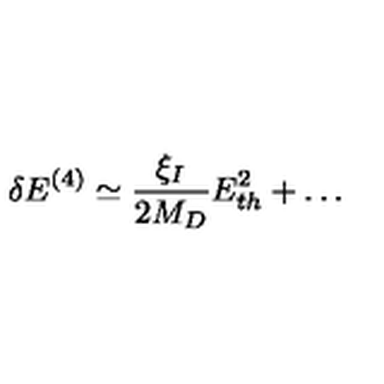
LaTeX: \delta E ^ { ( 4 ) } \simeq \frac { \xi _ { I } } { 2 M _ { D } } E _ { t h } ^ { 2 } + \dots